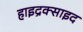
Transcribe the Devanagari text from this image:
हाइद्रक्साइद